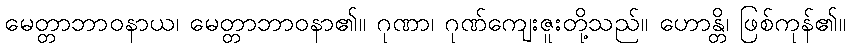
မေတ္တာဘာဝနာယ၊ မေတ္တာဘာဝနာ၏။ ဂုဏာ၊ ဂုဏ်ကျေးဇူးတို့သည်။ ဟောန္တိ၊ ဖြစ်ကုန်၏။